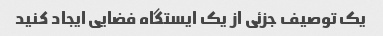
یک توصیف جزئی از یک ایستگاه فضایی ایجاد کنید